Medical and sanitary report of the native army of Bengal for the year
Year: 1877
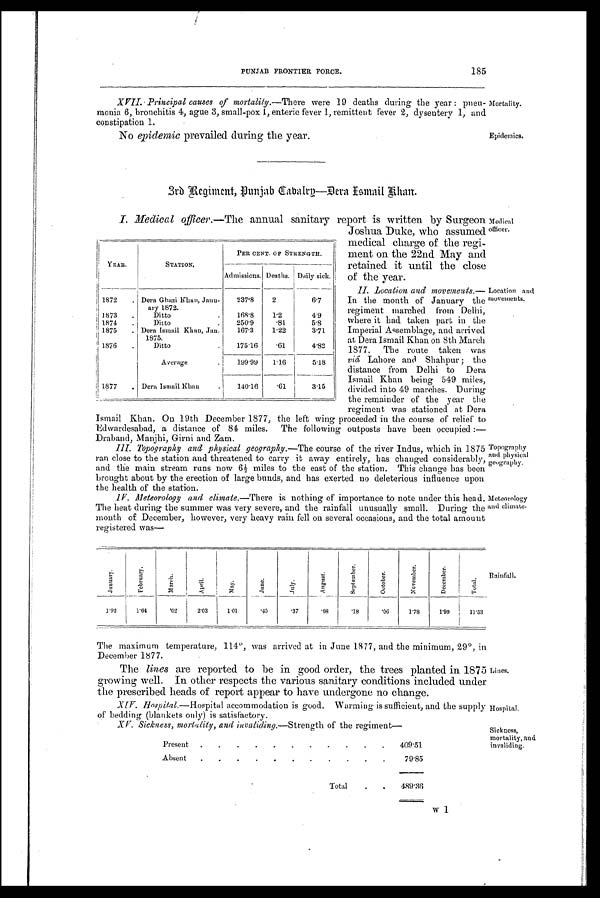
Medical
officer.
Topography
and physical
geography.
Meteorology
and climate.
Location and
movements.
PUNJAB FRONTIER FORCE.
185
XVII. Principal causes of mortality.—There were 19 deaths during the year : pneu-
monia 6, bronchitis 4, ague 3, small-pox 1, enteric fever 1, remittent fever 2, dysentery 1, and
constipation 1.
No epidemic prevailed during the year.
Epidemics.
Mortality.
3rb Regiment, Punjab Tabalry—Dera Ismail Khan.
I. Medical officer.— The annual sanitary report is written by Surgeon
Joshua Duke, who assumed
medical charge of the regi-
ment on the 22nd May and
retained it until the close
of the year.
II. Location and movements.—
In the month of January the
regiment marched from Delhi,
where it had taken part in the
Imperial Assemblage, and arrived
at Dera Ismail Khan on 8th March
1877. The route taken was
viâ Lahore and Shahpur ; the
distance from Delhi to Dera
Ismail Khan being 549 miles,
divided into 49 marches. During
the remainder of the year the
regiment was stationed at Dera
Ismail Khan. On 19th December 1877, the left wing proceeded in the course of relief to
Edwardesabad, a distance of 84 miles. The following outposts have been occupied :—
Draband, Manjhi, Girni and Zam.
III. Topography and physical geography.— The course of the river Indus, which in 1875
ran close to the station and threatened to carry it away entirely, has changed considerably,
and the main stream runs now 6½ miles to the east of the station. This change has been
brought about by the erection of large bunds, and has exerted no deleterious influence upon
the health of the station.
IV. Meteorology and climate.—There is nothing of importance to note under this head.
The beat during the summer was very severe, and the rainfall unusually small. During the
month of December, however, very heavy rain fell on several occasions, and the total amount
registered was
YEAR.
STATION.
PER CENT. OF STRENGTH.
Admissions. Deaths. Daily sick.
1872
. Dera Ghazi Khan, Janu-
ary 1872.
2 3 7 . 8
2
6.7
1873
.
Ditto
.
168.8
1.2
49
1874
.
Ditto
.
250.9
.81
5.8
1875
. Dera Ismail Khan, Jan.
1875.
167.3
1.22
3.71
1876
.
Ditto
175.16
.61
4.82
Average
199.99
1.16
5.18
1877
. Dera Ismail Khan
140.16
.61
3.15
J a n u a r y .
F e b r u a r y .
M a r c h .
A p r i l .
M a y .
J u n e .
J u l y .
A u g u s t .
S e p t e m b e r .
O c t o b e r . N o v e m b e r . D e c e m b e r .
T o t a l .
1.92
1.64
. 0 2 2.03
1.01
.45
. 3 7
.08
.18
.06
1.78
1. 99
11.53
The maximum temperature, 114°, was arrived at in June 1877, and the minimum, 29°, in
December 1877.
The lines are reported to be in good order, the trees planted in 1875
growing well. In other respects the various sanitary conditions included under
the prescribed heads of report appear to have undergone no change.
XIV. Hospital.—Hospital accommodation is good. Warming is sufficient, and the supply
of bedding (blankets only) is satisfactory.
XV. Sickness, mortality, and invaliding.— Strength of the regiment
Present
.
.
.
.
.
.
.
.
.
.
.
409.51
Absent
.
.
.
.
.
.
.
.
.
.
.
79.85
.
Total
.
.
489.36
Lines.
Hospital.
Sickness,
mortality, and
invaliding